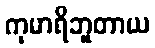
ကုမာရိဘူတာယ